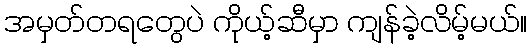
အမှတ်တရတွေပဲ ကိုယ့်ဆီမှာ ကျန်ခဲ့လိမ့်မယ်။